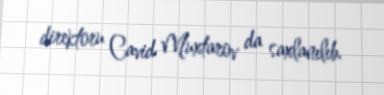
direktoru Cavid Muxtarov da saxlanılıb.